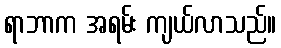
ရာဘာက အရမ်း ကျယ်လာသည်။